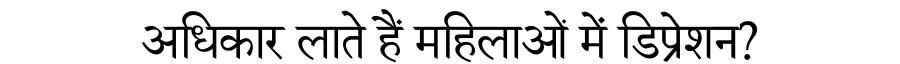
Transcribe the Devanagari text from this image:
अधिकार लाते हैं महिलाओं में डिप्रेशन?